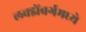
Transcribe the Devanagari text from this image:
लक्झेंबर्गमध्ये